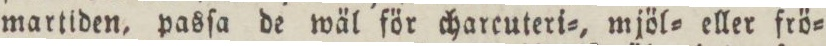
martiden, pasſa de wäl för charcuteri=, mjöl= eller frö=